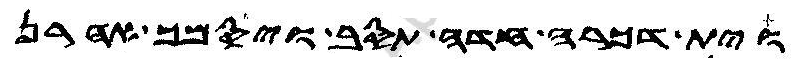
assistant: וית דכרה חדה תסב ויסמך אהרן